Insane asylums in Bengal annual reports 1867-1875 - 1867-1875
Year: 1867
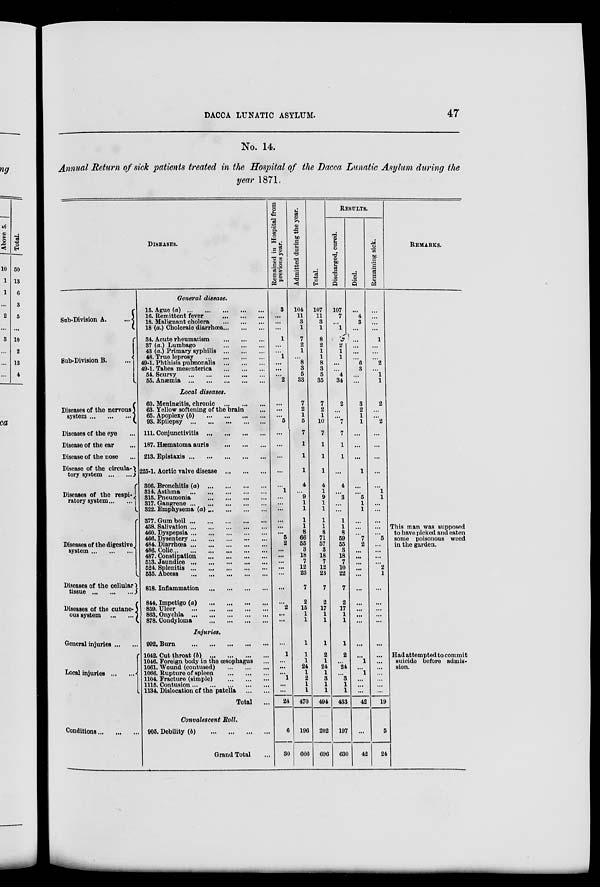
DACCA LUNATIC ASYLUM.
47
No. 14.
Annual Return of sick patients treated in the Hospital of the Dacca Lunatic Asylum during the
year 1871.
DISEASES.
General disease.
Sub-Division A.
...
Sub-Division B.
...
15. Ague (
a
)
.
.
. ... ... ... ...
16. Remittent fever
... ... ...
18. Malignant cholera
... ... ...
18 (a.) Choleraic diarrhœa... ... ...
34. Acute rheumatism
... ... ...
37 (a.) Lumbago
... ... ...
43 (a.) Primary syphilis
...
...
...
48. True leprosy
... ... ... ...
49-1. Phthisis pulmonalis
... ... ...
49-1. Tabes mesenterica
... ... ...
54. Scurvy
... ... ... ... ...
55. Anæmia
... ... ... ... ...
Local diseases.
Diseases of the nervous
system
...
...
...
Diseases of the eye ...
Disease of the ear ...
Disease of the nose ...
Disease of the circula-
tory system
... ...
Diseases of the respi-
ratory system
... ...
Diseases of the digestive
system
...
...
...
Diseases of the cellular
tissue
...
...
...
Diseases of the cutane-
ous system
... ...
60. Meningitis, chronic
... ... ...
63. Yellow softening of the brain ...
65. Apoplexy (b)
... ... ... ...
93. Epilepsy
... ... ... ... ...
111. Conjunctivitis ...
... ... ...
187. Hæmatoma auris
... ... ...
213. Epistaxis
...
...
...
...
...
225-1. Aortic valve disease
... ... ...
306. Bronchitis (a)
... ... ... ...
314. Asthma
... ... ... ... ...
315. Pneumonia
... ... ... ...
317. Gangrene
...
...
...
...
...
322. Emphysema (a)
...
...
...
...
377. Gum boil... ... ... ... ...
438. Salivation
...
...
...
...
...
460. Dyspepsia
...
...
...
...
...
466. Dysentery
...
...
...
...
...
484. Diarrhœa
...
...
...
...
...
486. Colic
...
...
...
...
...
...
487. Constipation ... ... ... ...
513. Jaundice
...
...
...
...
...
524. Splenitis
...
...
...
...
...
535. Abcess ... ... ... ... ...
818. Inflammation
...
...
...
...
844. Impetigo (a) ... ... ... ...
859. Ulcer
...
...
...
...
...
863. Onychia
...
...
...
...
...
878. Condyloma
...
...
...
...
Injuries.
General injuries ... ...
Local injuries
... ...
992. Burn ... ... ... ... ...
1042. Cut throat (b) ... ... ... ...
1046. Foreign body in the œsophagus ...
1061. Wound (contused)
...
...
...
1066. Rupture of spleen
...
...
...
1104. Fracture (simple)
... ... ...
1115. Contusion
...
...
...
...
...
1134. Dislocation of the patella
...
...
Total ...
Convalescent Roll.
Conditions ... ... ... 905. Debility (b) ... ... ... ...
Grand Total ...
Remained in Hospital from
previous year.
3
...
...
...
1
...
...
1
...
...
...
2
...
...
...
5
...
...
...
...
...
1
...
...
...
...
...
...
5
2
...
...
...
...
...
...
...
2
...
...
...
1
...
...
...
1
...
...
24
6
30
Admitted during the year.
104
11
3
1
7
2
1
...
8
3
5
33
7
2
1
5
7
1
1
1
4
...
9
1
1
1
1
8
66
55
3
18
7
12
23
7
2
15
1
1
1
1
1
24
1
2
1
1
470
196
666
Total.
107
11
3
1
8
2
1
1
8
3
5
35
7
2
1
10
7
1
1
1
4
1
9
1
1
1
1
8
71
57
3
18
7
12
23
7
2
17
1
1
1
2
1
24
1
3
1
1
494
202
696
RESULTS.
Discharged, cured.
107
7
...
1
7
2
1
1
...
...
4
34
2
...
...
7
7
1
1
...
4
...
3
...
...
1
1
8
59
55
3
18
7
10
22
7
2
17
1
1
1
2
...
24
...
3 1
1
433
197
630
Died.
...
4
3
...
...
...
...
...
6
3
...
...
3
2
1
1
...
...
...
1
...
...
5
1
1
...
...
...
7
2
...
...
...
...
...
...
...
...
...
...
...
...
1
...
1
...
...
...
42
...
42
Remaining sick.
...
...
...
...
1
...
...
...
2
...
1
1
2
...
...
2
...
...
...
...
...
1
1
...
...
...
...
...
5
...
...
...
...
2
1
...
...
...
...
...
...
...
...
...
...
...
...
...
19
5
24
REMARKS.
This man was supposed
to have picked and eaten
some poisonous weed
in the garden.
Had attempted to commit
suicide before admis-
sion.